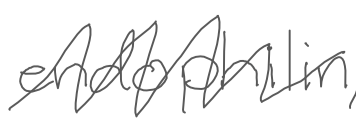
Text: endophilin,
Cross-out: zig-zag
Writing tool: digital_gray